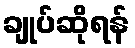
ချုပ်ဆိုရန်